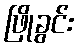
ဖြိုခွင်း